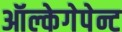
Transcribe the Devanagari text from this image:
ऑल्केगेपेन्ट